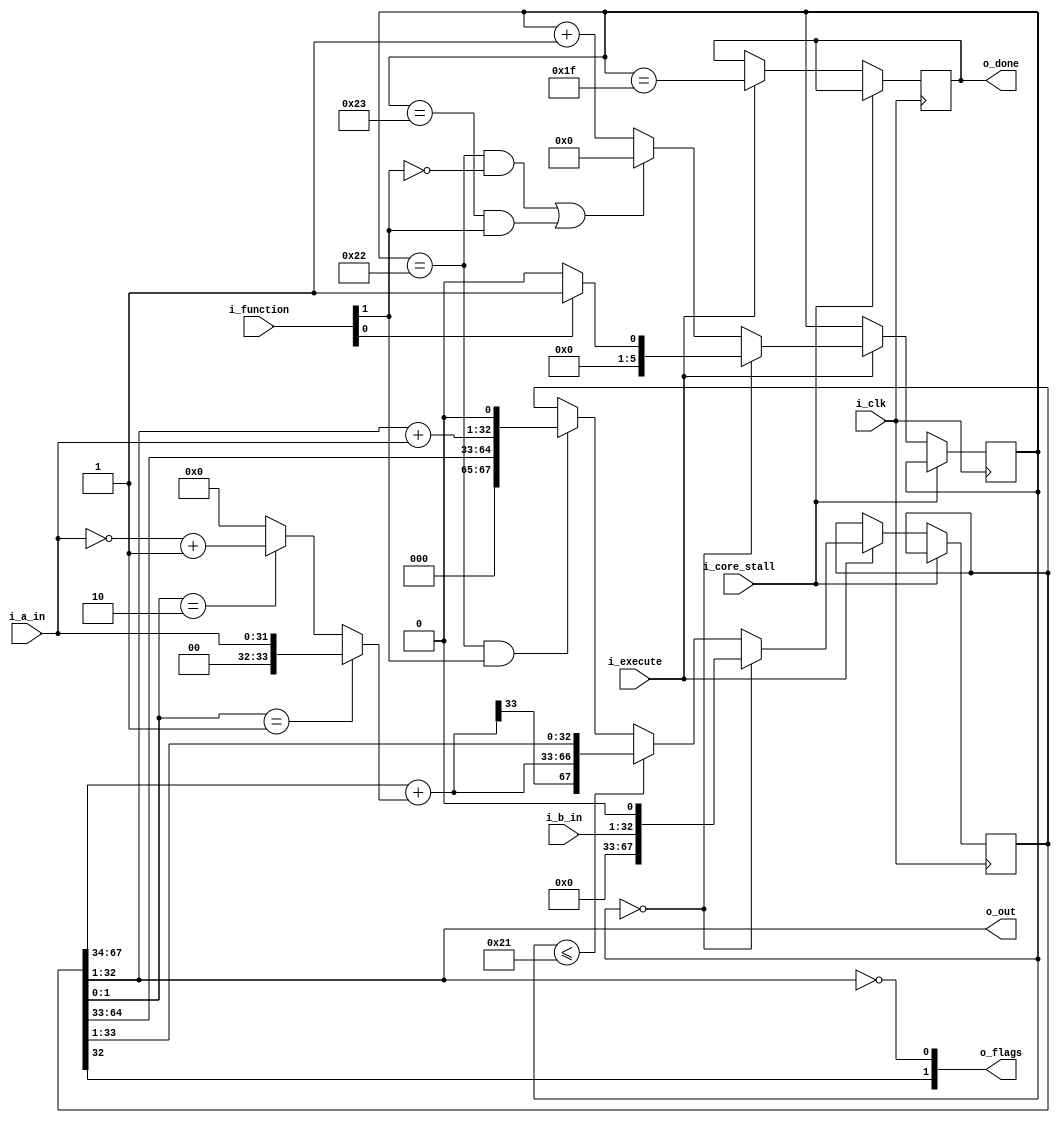
`define ADDR_WIDTH_21_8 8
`define DATA_WIDTH_21_8 21
`define ADDR_WIDTH_128_8 8
`define DATA_WIDTH_128_8 128
`define _A25_CONFIG_DEFINES
`define A25_ICACHE_WAYS 4
`define A25_DCACHE_WAYS 4
`define _A25_CONFIG_DEFINES
`define A25_ICACHE_WAYS 4
`define A25_DCACHE_WAYS 4
//`define A25_DECOMPILE
//`define A25_COPRO15_DEBUG
//`define A25_CACHE_DEBUG
//    `define A25_DECOMPILE_FILE    "amber.dis"

module a25_multiply (
			i_clk,
			i_core_stall,
 
			i_a_in,        
			i_b_in,       
			i_function,
			i_execute,
 
			o_out,
			o_flags,        
			o_done                                  
		);
 
input                       i_clk;
input                       i_core_stall;
 
input       [31:0]          i_a_in;         // Rds
input       [31:0]          i_b_in;         // Rm
input       [1:0]           i_function;
input                       i_execute;
 
output      [31:0]          o_out;
output      [1:0]           o_flags;        // [1] = N, [0] = Z
output                      o_done;   // goes high 2 cycles before completion    
 
reg         o_done = 1'd0;
wire	    enable;
wire        accumulate;
wire [33:0] multiplier;
wire [33:0] multiplier_bar;
wire [33:0] sum;
wire [33:0] sum34_b;
 
reg  [5:0]  count = 6'd0;
reg  [5:0]  count_nxt;
reg  [67:0] product = 68'd0;
reg  [67:0] product_nxt;
reg  [1:0]  flags_nxt;
wire [32:0] sum_acc1;           // the MSB is the carry out for the upper 32 bit addition
 
 
assign enable         = i_function[0];
assign accumulate     = i_function[1];
 
assign multiplier     =  { 2'd0, i_a_in} ;
assign multiplier_bar = ~{ 2'd0, i_a_in} + 34'd1 ;
 
assign sum34_b        =  product[1:0] == 2'b01 ? multiplier     :
                         product[1:0] == 2'b10 ? multiplier_bar :
                                                 34'd0          ;
 

    // -----------------------------------
    // 34-bit adder - booth multiplication
    // -----------------------------------
    assign sum =  product[67:34] + sum34_b;
 
    // ------------------------------------
    // 33-bit adder - accumulate operations
    // ------------------------------------
    assign sum_acc1 = {1'd0, product[32:1]} + {1'd0, i_a_in};

  //  assign count_nxt = count;
  
always @*
    begin

 
    // update Negative and Zero flags
    // Use registered value of product so this adds an extra cycle
    // but this avoids having the 64-bit zero comparator on the
    // main adder path
    flags_nxt   = { product[32], product[32:1] == 32'd0 }; 
 
 
    if ( count == 6'd0 )
        product_nxt = {33'd0, 1'd0, i_b_in, 1'd0 } ;
    else if ( count <= 6'd33 )
        product_nxt = { sum[33], sum, product[33:1]} ;
    else if ( count == 6'd34 && accumulate )
        begin
        // Note that bit 0 is not part of the product. It is used during the booth
        // multiplication algorithm
        product_nxt         = { product[64:33], sum_acc1[31:0], 1'd0}; // Accumulate
        end
    else
        product_nxt         = product;

 
    // Multiplication state counter
    if (count == 6'd0)  // start
        count_nxt   = enable ? 6'd1 : 6'd0;
    else if ((count == 6'd34 && !accumulate) ||  // MUL
             (count == 6'd35 &&  accumulate)  )  // MLA
        count_nxt   = 6'd0;
    else
        count_nxt   = count + 1'd1;
    end
 
 
always @ ( posedge i_clk )
    if ( !i_core_stall )
        begin
        count           <= i_execute ? count_nxt          : count;           
        product         <= i_execute ? product_nxt        : product;        
        o_done          <= i_execute ? count == 6'd31     : o_done;          
        end
 
// Outputs
assign o_out   = product[32:1]; 
assign o_flags = flags_nxt;
 
endmodule